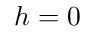
h = 0